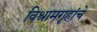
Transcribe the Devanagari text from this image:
विश्रामगृहांचे